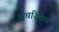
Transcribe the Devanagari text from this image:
आचरितात